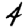
Digit: 4